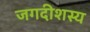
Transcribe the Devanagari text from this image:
जगदीशस्य